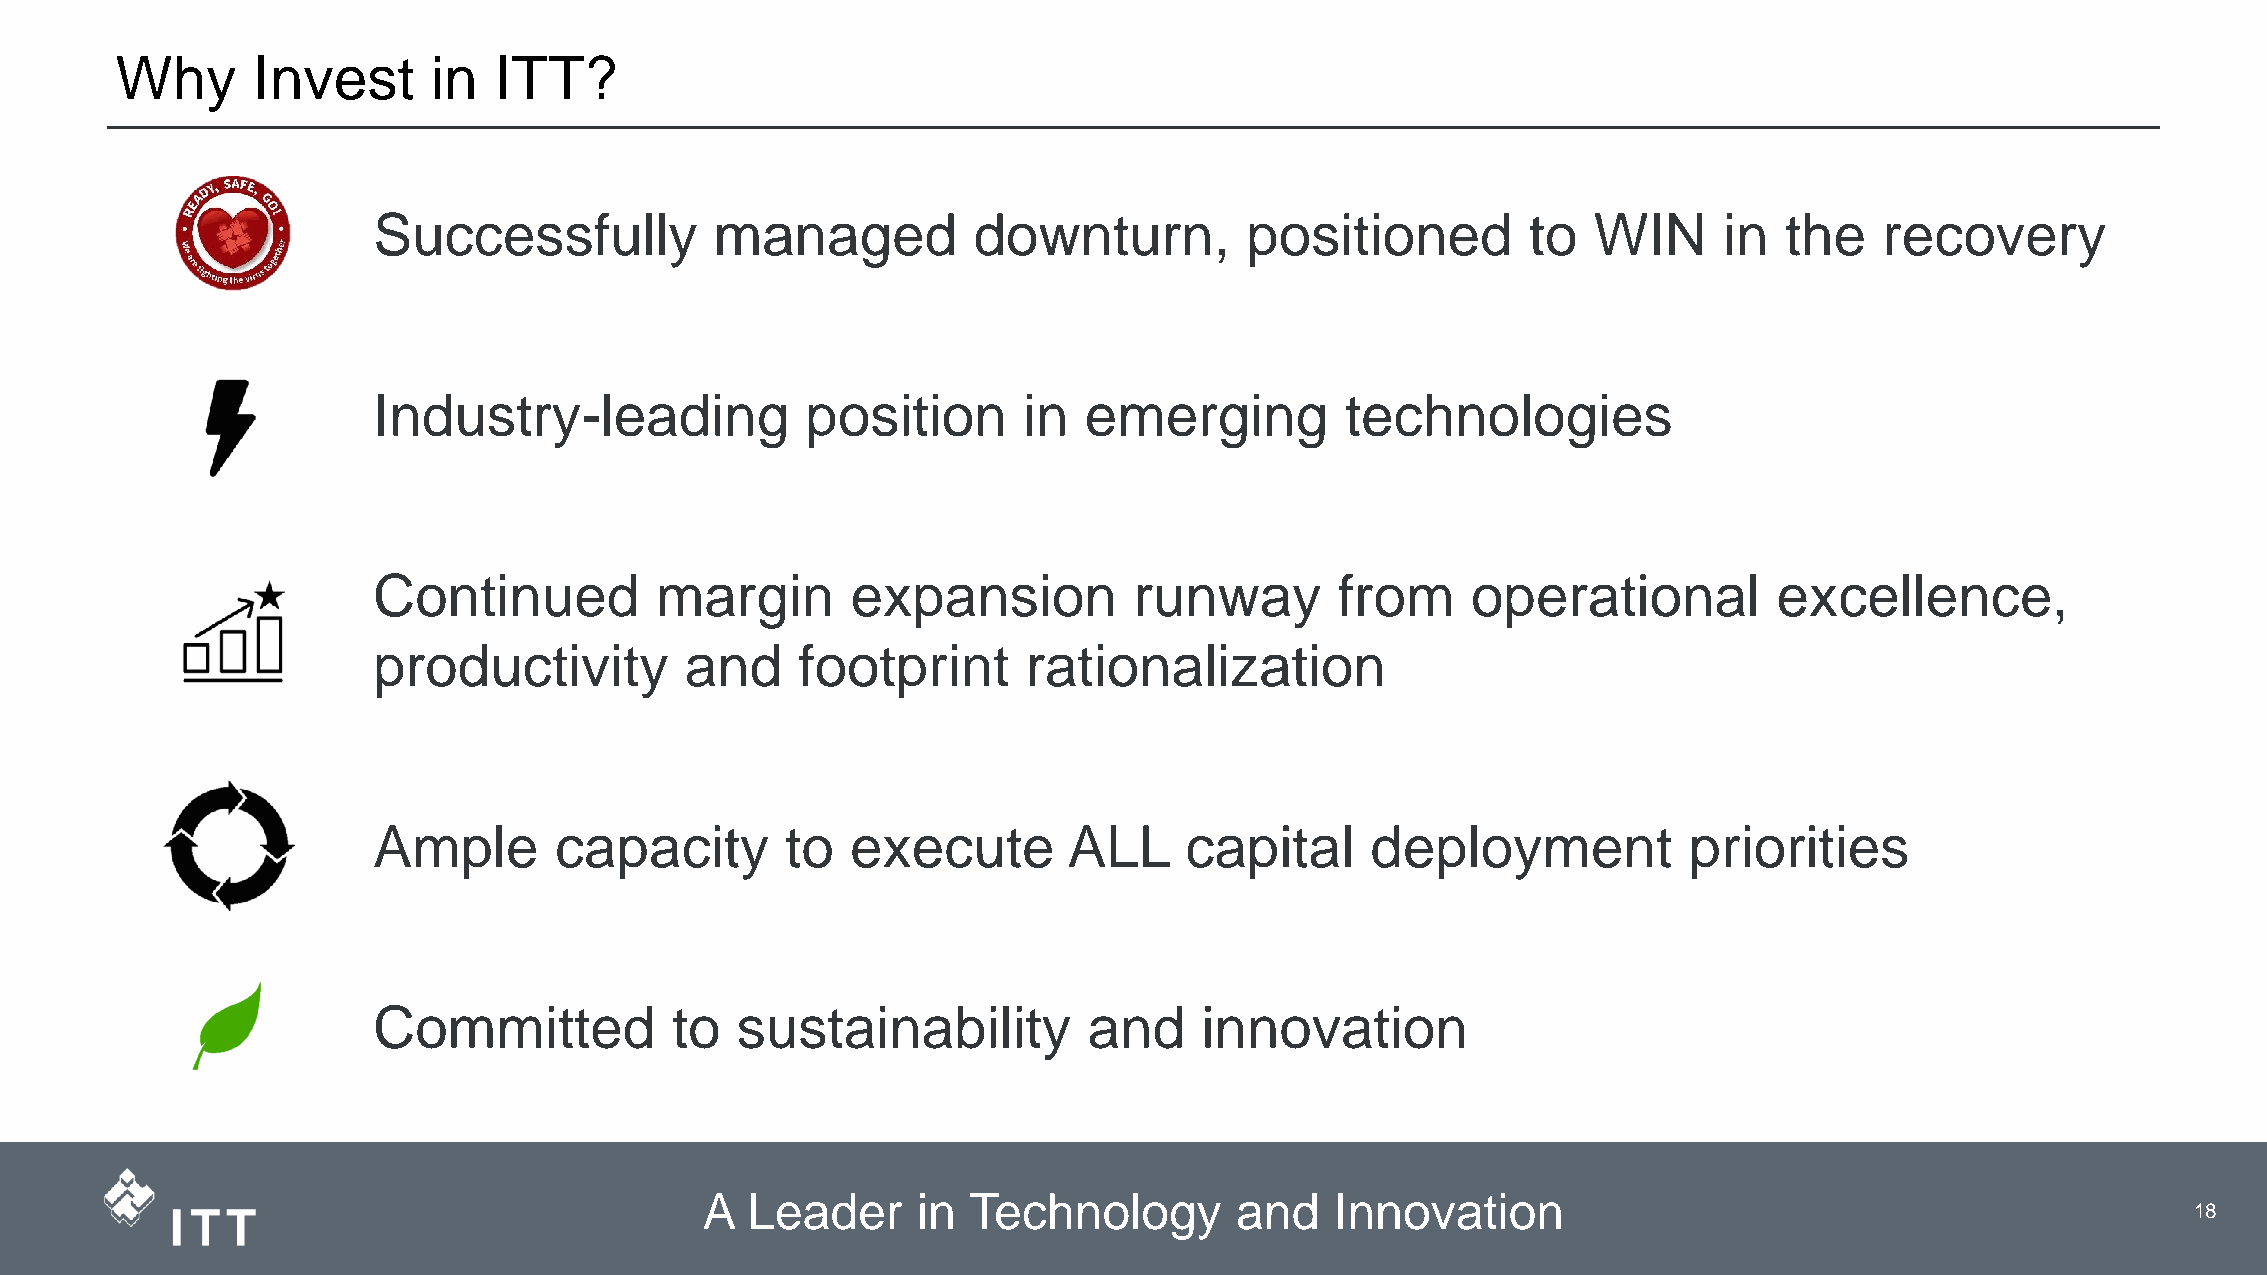
Why      Invest      in  ITT?
 Successfully          managed          downturn,          positioned        to  WIN      in  the    recovery
 Industry-leading            position       in  emerging         technologies
 Continued         margin       expansion          runway        from    operational          excellence,
 productivity        and     footprint      rationalization
 Ample       capacity       to  execute        ALL    capital      deployment           priorities
 Committed          to   sustainability         and     innovation
 A Leader      in Technology        and   Innovation
 3                    18